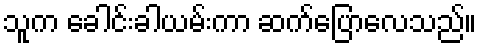
သူက ခေါင်းခါယမ်းကာ ဆက်ပြောလေသည်။